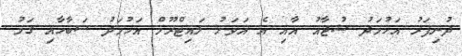
ދުނިފަރު އަހުމަދު ޝުޖާއު އާއި އެ އަވަށު ލައިޓްރޫމް އަހުމަދު ސަބާހާއި ގަމު